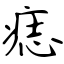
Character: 痣